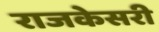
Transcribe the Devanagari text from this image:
राजकेसरी